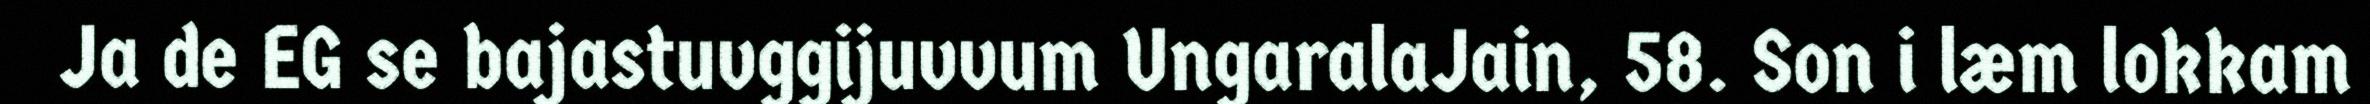
Ja de EG se bajastuvggijuvvum UngaralaJain, 58. Son i læm lokkam